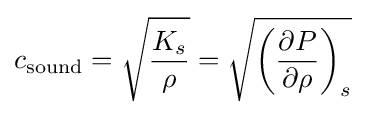
c_{\text{sound}}={\sqrt {\frac {K_{s}}{\rho }}}={\sqrt {\left({\frac {\partial P}{\partial \rho }}\right)_{s}}}